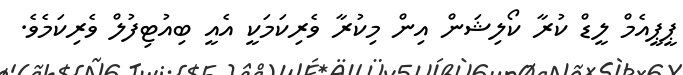
ޕީޕީއެމް ލީޑް ކުރާ ކޯލިޝަން އިން މިކުރާ ވެރިކަމަކީ އެއީ ބިއުޓިފުލް ވެރިކަމެވެ.